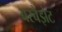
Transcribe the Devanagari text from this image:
बरबेझेट